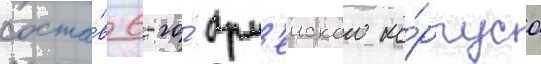
соста́в 6-го́ арм'еиского ко́рпуса